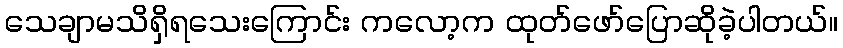
သေချာမသိရှိရသေးကြောင်း ကလော့က ထုတ်ဖော်ပြောဆိုခဲ့ပါတယ်။